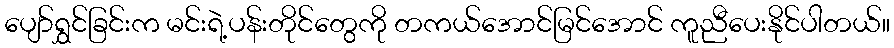
ပျော်ရွှင်ခြင်းက မင်းရဲ့ပန်းတိုင်တွေကို တကယ်အောင်မြင်အောင် ကူညီပေးနိုင်ပါတယ်။